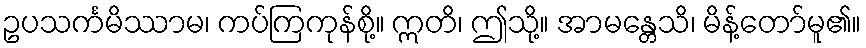
ဥပသင်္ကမိဿာမ၊ ကပ်ကြကုန်စို့။ ဣတိ၊ ဤသို့။ အာမန္တေသိ၊ မိန့်တော်မူ၏။